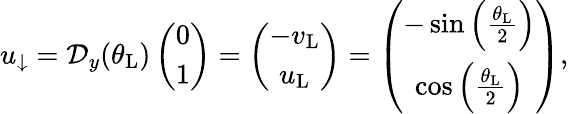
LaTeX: \begin{array}{r}{u_{\downarrow}=\mathcal{D}_{y}(\theta_{\mathrm{L}})\left(\begin{array}{c}{0}\\ {1}\end{array}\right)=\left(\begin{array}{c}{-v_{\mathrm{L}}}\\ {u_{\mathrm{L}}}\end{array}\right)=\left(\begin{array}{cc}{-\sin\left(\frac{\theta_{\mathrm{L}}}{2}\right)}\\ {\cos\left(\frac{\theta_{\mathrm{L}}}{2}\right)}\end{array}\right),}\end{array}